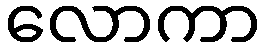
လောကာ